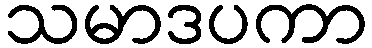
သမာဒပကာ